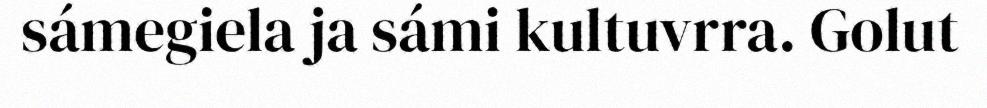
sámegiela ja sámi kultuvrra. Golut